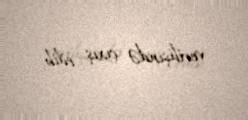
verilişində çıxış edib.